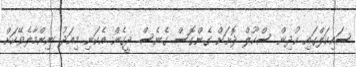
ސައިކަލްގައި ކުދިން ސްކޫލް ދޮށަށް ގެންގޮސް ގެނެސް ދީގެން އެކަނި މިއަދު ނިންމާލެވޭކަށް